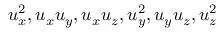
u _ { x } ^ { 2 } , u _ { x } u _ { y } , u _ { x } u _ { z } , u _ { y } ^ { 2 } , u _ { y } u _ { z } , u _ { z } ^ { 2 }